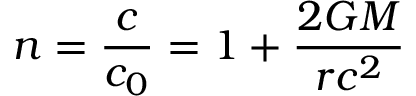
n = { \frac { c } { c _ { 0 } } } = 1 + { \frac { 2 G M } { r c ^ { 2 } } }